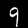
Label: 9